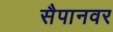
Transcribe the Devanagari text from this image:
सैपानवर